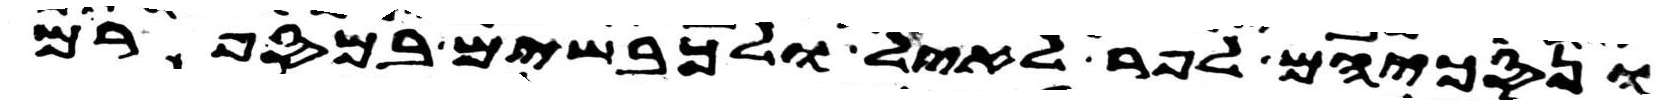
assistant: ונסכיהם לפר לאיל ולכבשים במספרם